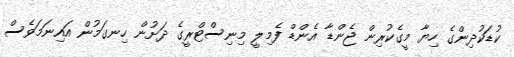
ކުޑަކުދިންގެ ހިޔާ މީގެކުރިން ޖެންޑާ އެންޑް ފެމިލީ މިނިސްޓްރީގެ ދަށުން ހިނގަމުން އައިނަމަވެސް